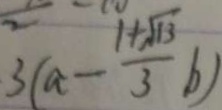
3 ( a - \frac { 1 + \sqrt { 1 3 } } { 3 } b )